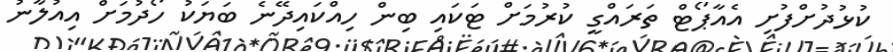
ކުޅުދުށްފުށި އެއާޕޯޓް ތަރައްގީ ކުރުމަށް ޓަކައި ބިން ހިއްކައިދޭނެ ބަޔަކު ހޯދުމަށް އިއުލާނު